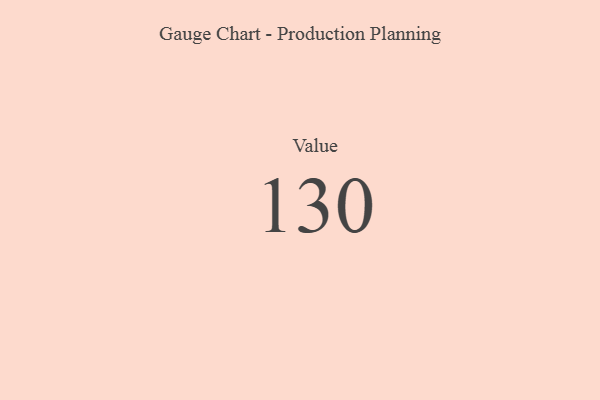
{"axis": {"x": "Metric", "y": "Value"}, "legend": [""], "data": [{"x": "Value", "y": 130, "type": ""}]}